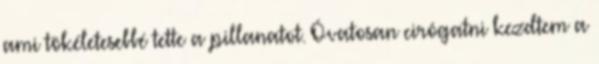
ami tökéletesebbé tette a pillanatot. Óvatosan cirógatni kezdtem a